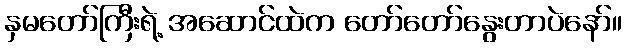
နှမတော်ကြီးရဲ့ အဆောင်ထဲက တော်တော်နွေးတာပဲနော်။